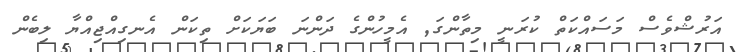
އަރުޝްވެސް މަސައްކަތް ކުރަނީ މިތާންގަ